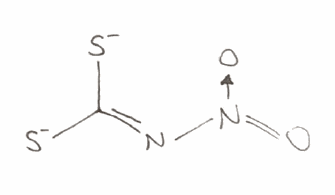
Simplified molecular-input line-entry system (SMILES) notation of the given molecule:
C(=N[N+](=O)[O-])([S-])[S-]